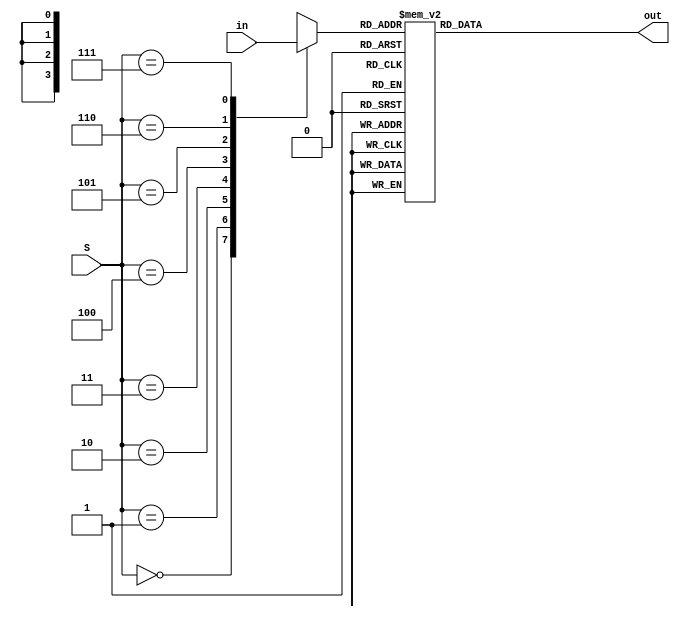
module Decimalto7Seg(S, in, out);

	input [2:0]S;
	input [31:0] in;
	output reg [7:0] out;
	
	reg [3:0] into;
	
	always @(S) begin
		case(S[2:0])
			3'b000: into <= in[31:28];
			3'b001: into <= in[27:24];
			3'b010: into <= in[23:20];
			3'b011: into <= in[19:16];
			3'b100: into <= in[15:12];
			3'b101: into <= in[11:8];
			3'b110: into <= in[7:4];
			3'b111: into <= in[3:0];
			default: into <= 4'b0000;
		endcase	
	end
	always @ (S) begin
		case(into)
			4'h0: out <= 8'b00111111;
			4'h1: out <= 8'b00000110;
			4'h2: out <= 8'b01011011;
			4'h3: out <= 8'b01001111;
			4'h4: out <= 8'b01100110;
			4'h5: out <= 8'b01101101;
			4'h6: out <= 8'b01111101;
			4'h7: out <= 8'b00000111;
			4'h8: out <= 8'b01111111;
			4'h9: out <= 8'b01101111;
			4'ha: out <= 8'b01110111;
			4'hb: out <= 8'b01111100;
			4'hc: out <= 8'b00111001;
			4'hd: out <= 8'b01011110;
			4'he: out <= 8'b01111001;
			4'hf: out <= 8'b01110001;
			default: out <= 8'b00000000;
		endcase
	end
endmodule